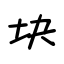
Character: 块